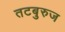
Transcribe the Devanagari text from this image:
तटबुरुज